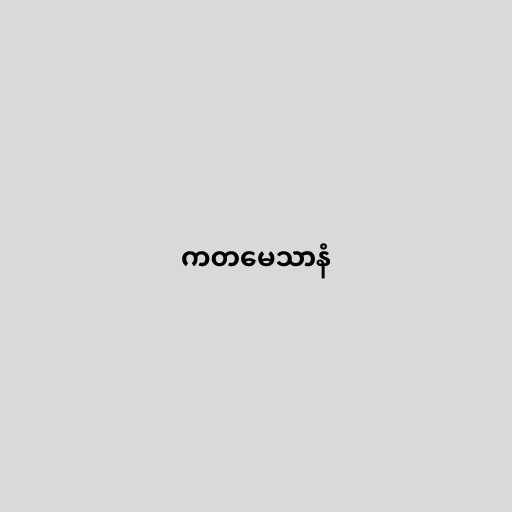
ကတမေသာနံ